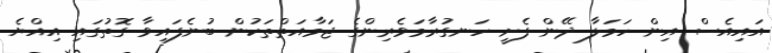
އައިއެސް އިން ހަމަލާ ދޭން ފެށީ ހަނގުރާމަވެރިންގެ ޖަމާއަތްތަކުން ބުނެފައިވާ ގޮތުގައި އިއްޔެ